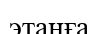
этанға